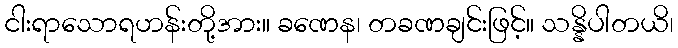
ငါးရာသောရဟန်းတို့အား။ ခဏေန၊ တခဏချင်းဖြင့်။ သန္နိပါတယိ၊